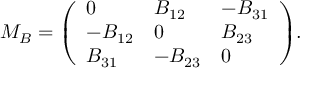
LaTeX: M _ { B } = { \left( \begin{array} { l l l } { 0 } & { B _ { 1 2 } } & { - B _ { 3 1 } } \\ { - B _ { 1 2 } } & { 0 } & { B _ { 2 3 } } \\ { B _ { 3 1 } } & { - B _ { 2 3 } } & { 0 } \end{array} \right) } .